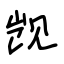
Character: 觊